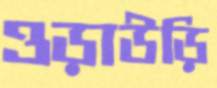
ওড়াউড়ি